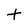
Character: t